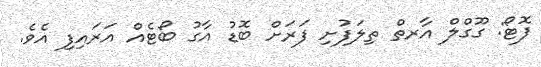
ފޮޓޯ: ގޫގްލް އާރތް ތިލަފުށި ފަރަށް ބޮޑު އާގު ބޯޓެއް އަރައިފި އެވެ.